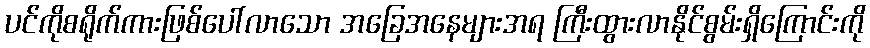
ပင်ကိုစရိုက်ကားဖြစ်ပေါ်လာသော အခြေအနေများအရ ကြီးထွားလာနိုင်စွမ်းရှိကြောင်းကို